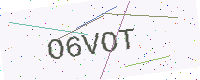
Text: O6VOT